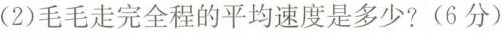
(2)毛毛走完全程的平均速度是多少?(6分)